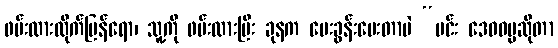
ဖမ်းထားလိုက်ပြန်ရော၊ သူ့ကို ဖမ်းထားပြီး ခုနက မေးခွန်းမေးတာပဲ “မင်း ဒေဝဓမ္မဆိုတာ